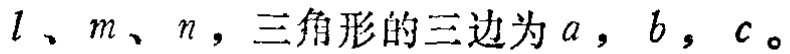
$l、m、n，三角形的三边为a，b，c。$